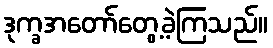
ဒုက္ခအတော်တွေ့ခဲ့ကြသည်။